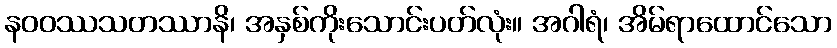
နဝဝဿသတဿာနိ၊ အနှစ်ကိုးသောင်းပတ်လုံး။ အဂါရံ၊ အိမ်ရာထောင်သော